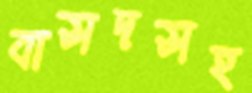
বাসদসহ